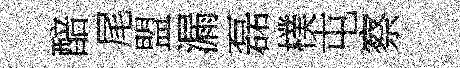
醅尾盟漏磊樸屯察